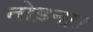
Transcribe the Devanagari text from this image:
तोड़ना।